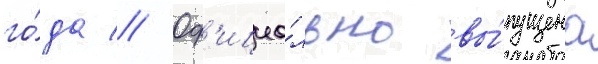
го́да // Оф'ициа́льно вы́пущена